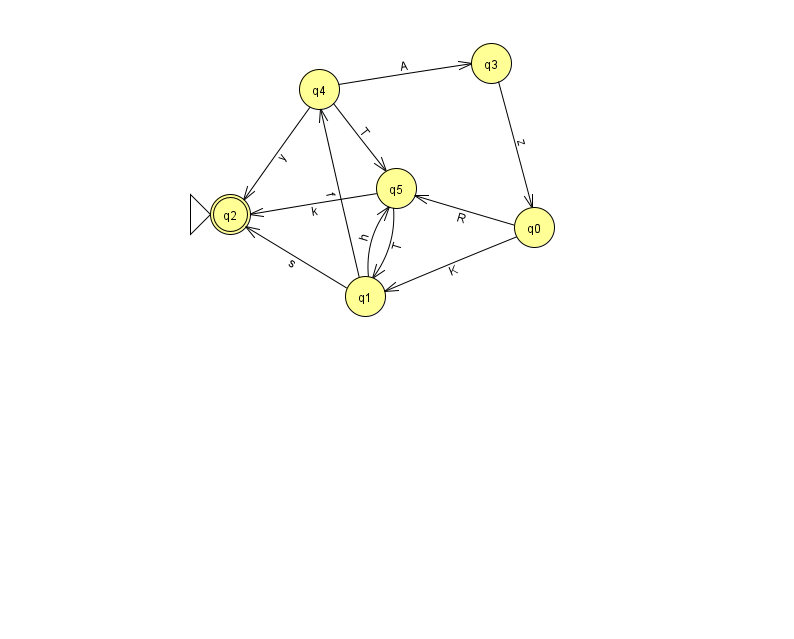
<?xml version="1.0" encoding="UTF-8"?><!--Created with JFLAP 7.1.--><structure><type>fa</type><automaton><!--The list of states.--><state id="0" name="q0"><x>534.0</x><y>214.0</y></state><state id="1" name="q1"><x>365.0</x><y>283.0</y></state><state id="2" name="q2"><x>230.0</x><y>201.0</y><initial/><final/></state><state id="3" name="q3"><x>491.0</x><y>50.0</y></state><state id="4" name="q4"><x>319.0</x><y>76.0</y></state><state id="5" name="q5"><x>396.0</x><y>175.0</y></state><!--The list of transitions.--><transition><from>1</from><to>2</to><read>s</read></transition><transition><from>4</from><to>5</to><read>T</read></transition><transition><from>4</from><to>2</to><read>y</read></transition><transition><from>1</from><to>5</to><read>h</read></transition><transition><from>5</from><to>2</to><read>k</read></transition><transition><from>1</from><to>4</to><read>f</read></transition><transition><from>0</from><to>5</to><read>R</read></transition><transition><from>5</from><to>1</to><read>T</read></transition><transition><from>0</from><to>1</to><read>K</read></transition><transition><from>4</from><to>3</to><read>A</read></transition><transition><from>3</from><to>0</to><read>z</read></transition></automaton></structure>